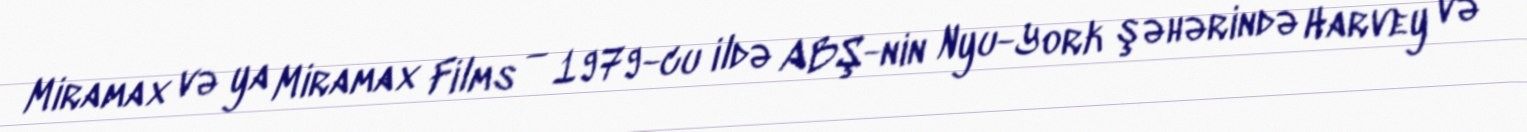
Miramax və ya Miramax Films — 1979-cu ildə ABŞ-nin Nyu-York şəhərində Harvey və